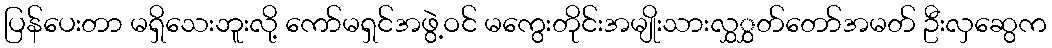
ပြန်ပေးတာ မရှိသေးဘူးလို့ ကော်မရှင်အဖွဲ့ဝင် မကွေးတိုင်းအမျိုးသားလွှွှတ်တော်အမတ် ဦးလှဆွေက